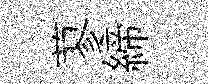
蓼締